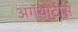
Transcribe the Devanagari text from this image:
अगॅथोटीस